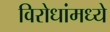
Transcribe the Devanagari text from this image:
विरोधांमध्ये